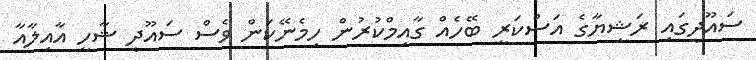
ސައޫދީގައި ރަޝިޔާގެ އަސްކަރީ ބޭހެއް ގާއިމްކުރުން ހިމެނޭކަން ވެސް ސައޫދީ ޝާހީ އާއިލާއާ